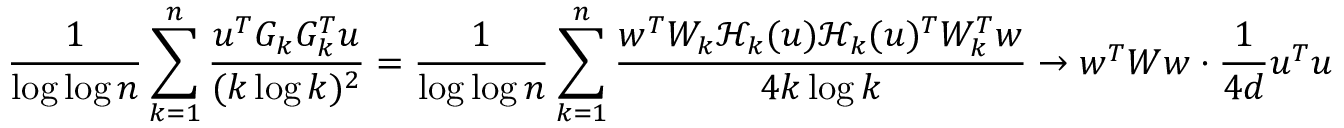
\frac { 1 } { \log \log n } \sum _ { k = 1 } ^ { n } \frac { u ^ { T } G _ { k } G _ { k } ^ { T } u } { ( k \log k ) ^ { 2 } } = \frac { 1 } { \log \log n } \sum _ { k = 1 } ^ { n } \frac { w ^ { T } W _ { k } \mathcal { H } _ { k } ( u ) \mathcal { H } _ { k } ( u ) ^ { T } W _ { k } ^ { T } w } { 4 k \log k } \to w ^ { T } W w \cdot \frac { 1 } { 4 d } u ^ { T } u